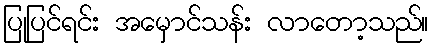
ပြုပြင်ရင်း အမှောင်သန်း လာတော့သည်။